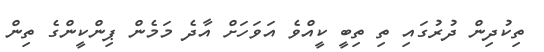
ތިކުދިން ދުރުގައި ތި ތިބީ ކީއްވެ އަވަހަށް އާދެ މަމެން ޕިންކީންގެ ތިން